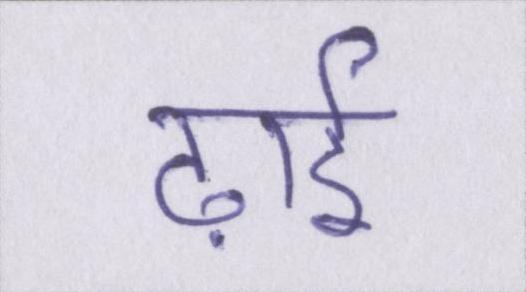
ढ़ाई